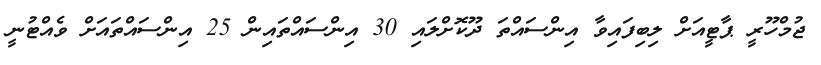
ޖުމްހޫރީ ޕާޓީއަށް ލިބިފައިވާ އިންސައްތަ ދޫކޮށްލައި 30 އިންސައްތައިން 25 އިންސައްތައަށް ވެއްޓުނީ